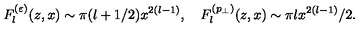
F _ { l } ^ { ( \varepsilon ) } ( z , x ) \sim \pi ( l + 1 / 2 ) x ^ { 2 ( l - 1 ) } , \quad F _ { l } ^ { ( p _ { \perp } ) } ( z , x ) \sim \pi l x ^ { 2 ( l - 1 ) } / 2 .